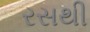
રસથી